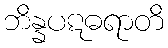
ဘိန္နပဋဓရာတိ